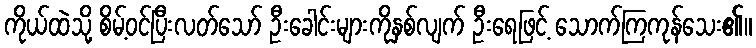
ကိုယ်ထဲသို့ စိမ့်ဝင်ပြီးလတ်သော် ဦးခေါင်းများကိုနှစ်လျက် ဦးရေဖြင့် သောက်ကြကုန်သေး၏။